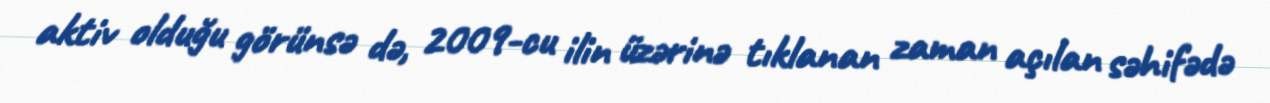
aktiv olduğu görünsə də, 2009-cu ilin üzərinə tıklanan zaman açılan səhifədə